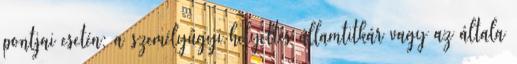
pontjai esetén: a személyügyi helyettes államtitkár vagy az általa